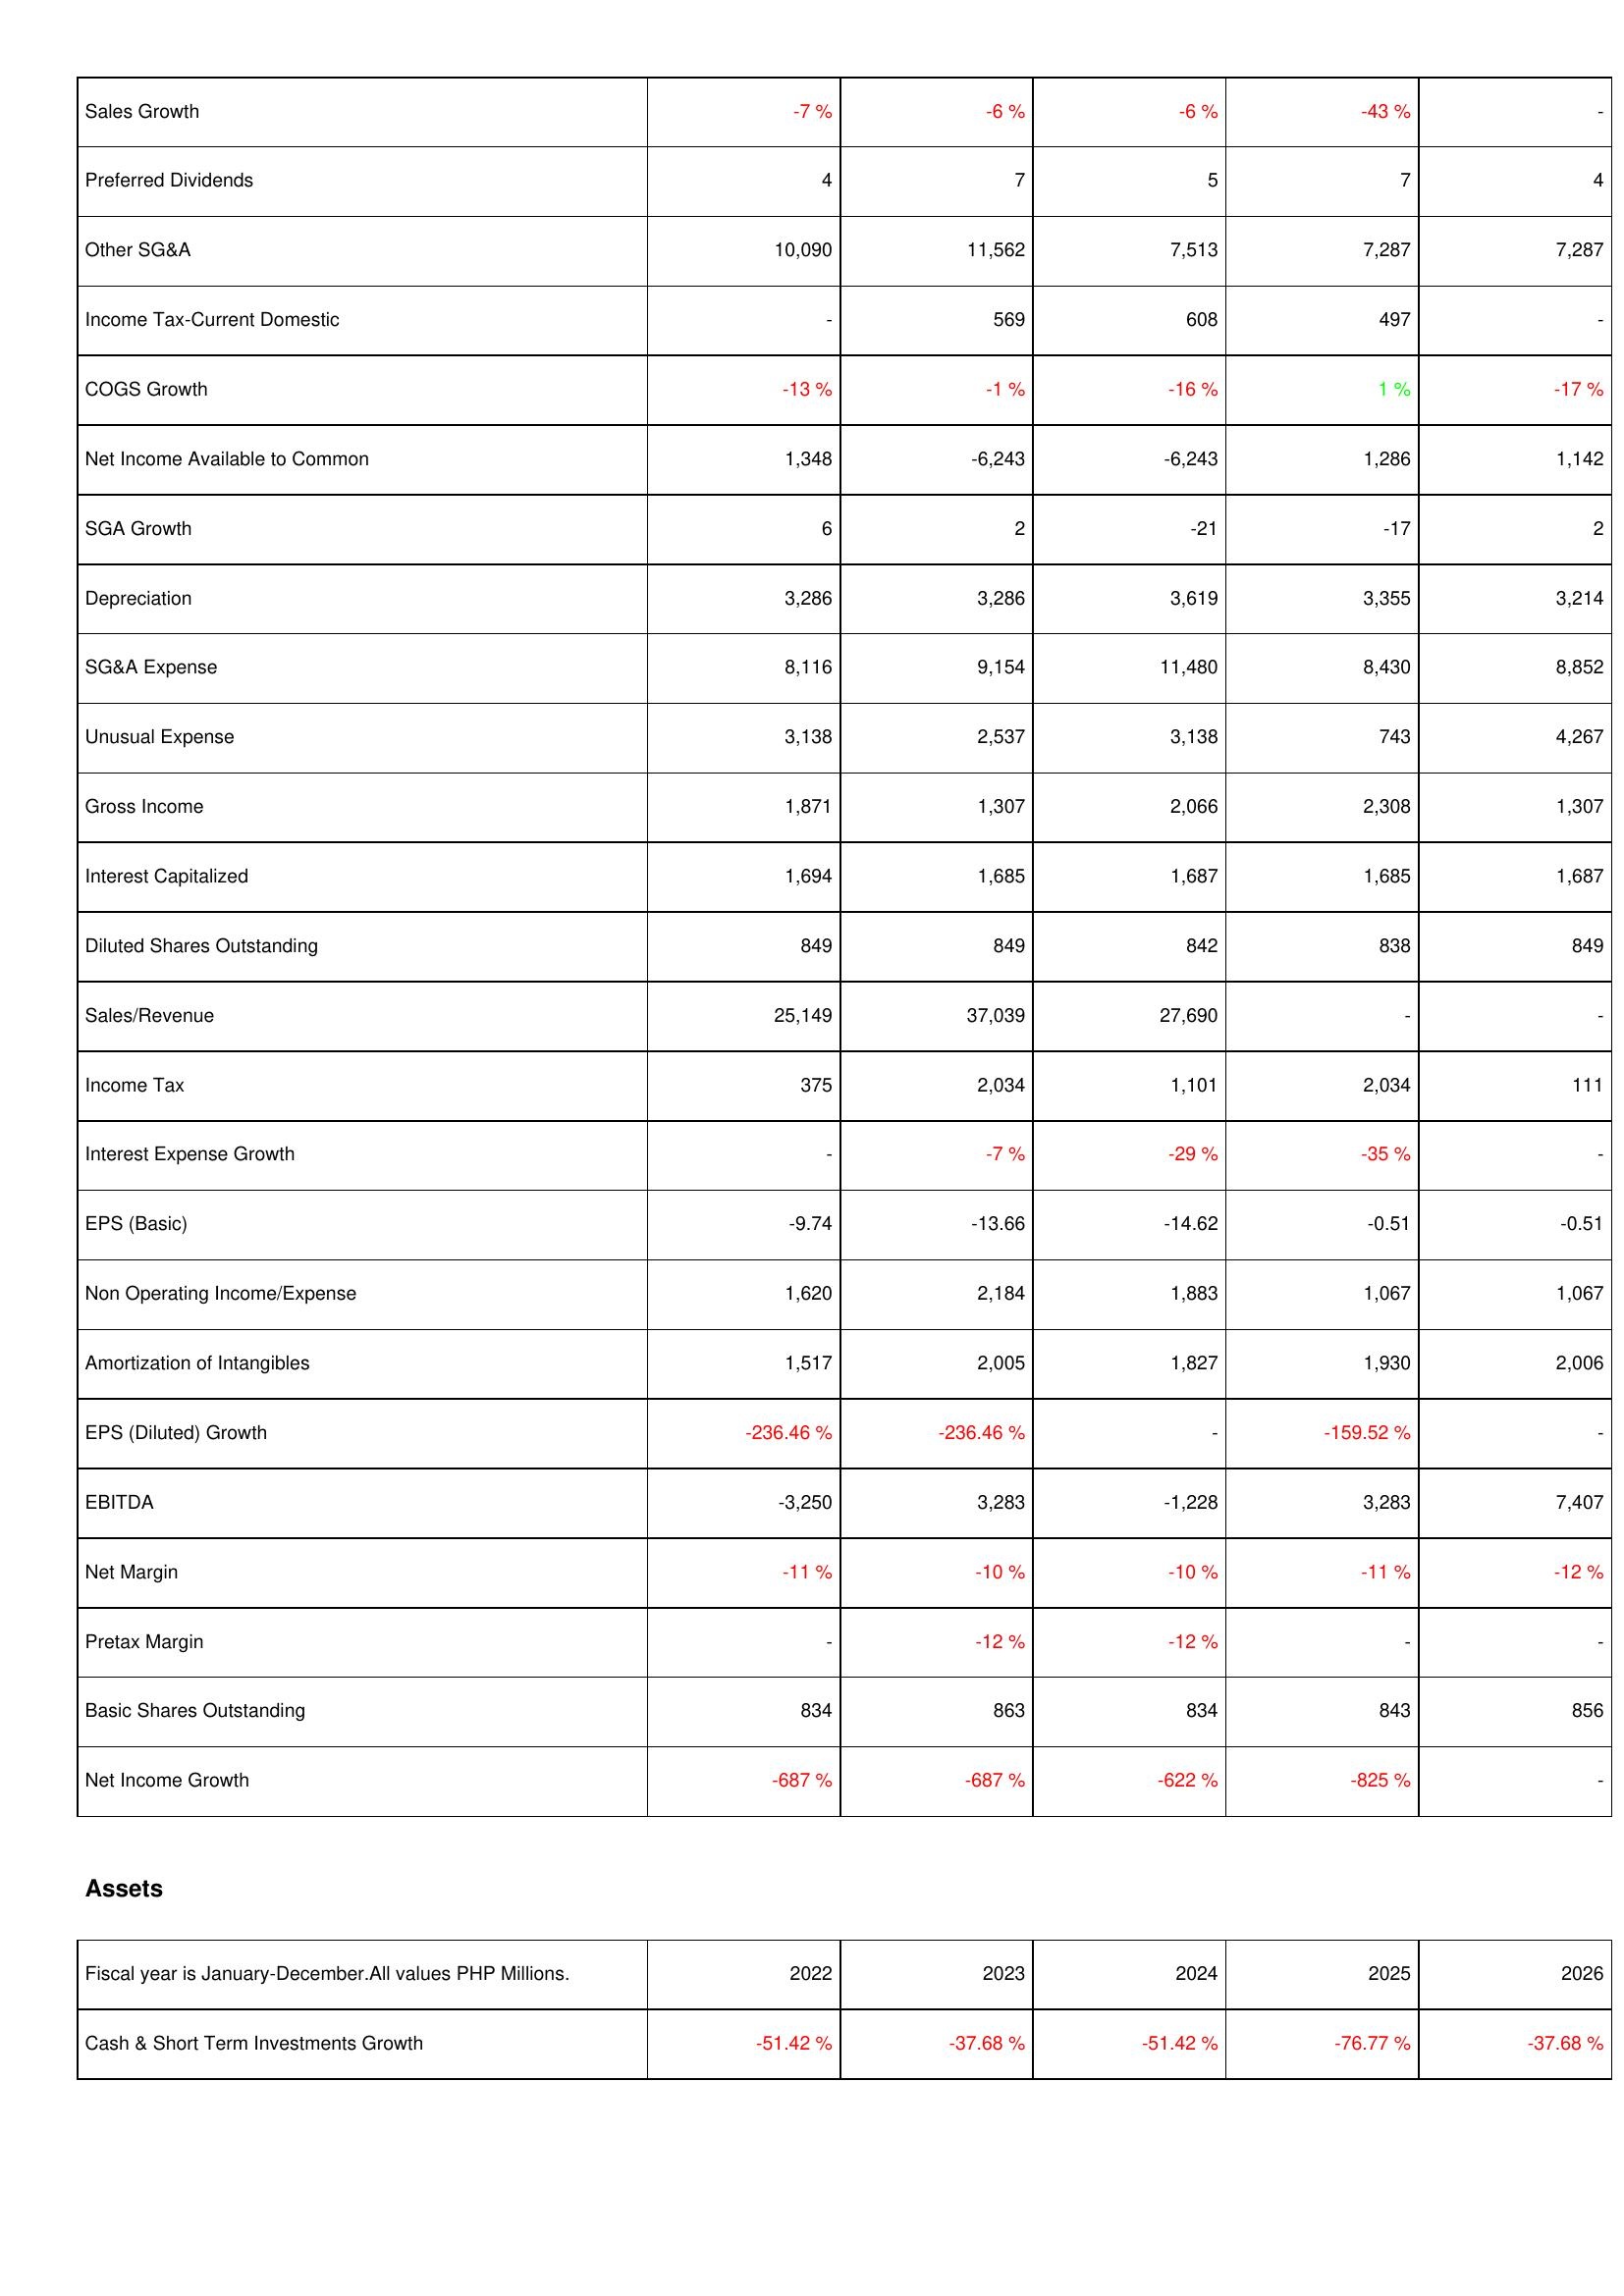
2022: Income Statement: Sales Growth: -7 %
Preferred Dividends: 4
Other SG&A: 10,090
Income Tax-Current Domestic: -
COGS Growth: -13 %
Net Income Available to Common: 1,348
SGA Growth: 6
Depreciation: 3,286
SG&A Expense: 8,116
Unusual Expense: 3,138
Gross Income: 1,871
Interest Capitalized: 1,694
Diluted Shares Outstanding: 849
Sales/Revenue: 25,149
Income Tax: 375
Interest Expense Growth: -
EPS (Basic): -9.74
Non Operating Income/Expense: 1,620
Amortization of Intangibles: 1,517
EPS (Diluted) Growth: -236.46 %
EBITDA: -3,250
Net Margin: -11 %
Pretax Margin: -
Basic Shares Outstanding: 834
Net Income Growth: -687 %
Assets: Cash & Short Term Investments Growth: -51.42 %
2023: Income Statement: Sales Growth: -6 %
Preferred Dividends: 7
Other SG&A: 11,562
Income Tax-Current Domestic: 569
COGS Growth: -1 %
Net Income Available to Common: -6,243
SGA Growth: 2
Depreciation: 3,286
SG&A Expense: 9,154
Unusual Expense: 2,537
Gross Income: 1,307
Interest Capitalized: 1,685
Diluted Shares Outstanding: 849
Sales/Revenue: 37,039
Income Tax: 2,034
Interest Expense Growth: -7 %
EPS (Basic): -13.66
Non Operating Income/Expense: 2,184
Amortization of Intangibles: 2,005
EPS (Diluted) Growth: -236.46 %
EBITDA: 3,283
Net Margin: -10 %
Pretax Margin: -12 %
Basic Shares Outstanding: 863
Net Income Growth: -687 %
Assets: Cash & Short Term Investments Growth: -37.68 %
2024: Income Statement: Sales Growth: -6 %
Preferred Dividends: 5
Other SG&A: 7,513
Income Tax-Current Domestic: 608
COGS Growth: -16 %
Net Income Available to Common: -6,243
SGA Growth: -21
Depreciation: 3,619
SG&A Expense: 11,480
Unusual Expense: 3,138
Gross Income: 2,066
Interest Capitalized: 1,687
Diluted Shares Outstanding: 842
Sales/Revenue: 27,690
Income Tax: 1,101
Interest Expense Growth: -29 %
EPS (Basic): -14.62
Non Operating Income/Expense: 1,883
Amortization of Intangibles: 1,827
EPS (Diluted) Growth: -
EBITDA: -1,228
Net Margin: -10 %
Pretax Margin: -12 %
Basic Shares Outstanding: 834
Net Income Growth: -622 %
Assets: Cash & Short Term Investments Growth: -51.42 %
2025: Income Statement: Sales Growth: -43 %
Preferred Dividends: 7
Other SG&A: 7,287
Income Tax-Current Domestic: 497
COGS Growth: 1 %
Net Income Available to Common: 1,286
SGA Growth: -17
Depreciation: 3,355
SG&A Expense: 8,430
Unusual Expense: 743
Gross Income: 2,308
Interest Capitalized: 1,685
Diluted Shares Outstanding: 838
Sales/Revenue: -
Income Tax: 2,034
Interest Expense Growth: -35 %
EPS (Basic): -0.51
Non Operating Income/Expense: 1,067
Amortization of Intangibles: 1,930
EPS (Diluted) Growth: -159.52 %
EBITDA: 3,283
Net Margin: -11 %
Pretax Margin: -
Basic Shares Outstanding: 843
Net Income Growth: -825 %
Assets: Cash & Short Term Investments Growth: -76.77 %
2026: Income Statement: Sales Growth: -
Preferred Dividends: 4
Other SG&A: 7,287
Income Tax-Current Domestic: -
COGS Growth: -17 %
Net Income Available to Common: 1,142
SGA Growth: 2
Depreciation: 3,214
SG&A Expense: 8,852
Unusual Expense: 4,267
Gross Income: 1,307
Interest Capitalized: 1,687
Diluted Shares Outstanding: 849
Sales/Revenue: -
Income Tax: 111
Interest Expense Growth: -
EPS (Basic): -0.51
Non Operating Income/Expense: 1,067
Amortization of Intangibles: 2,006
EPS (Diluted) Growth: -
EBITDA: 7,407
Net Margin: -12 %
Pretax Margin: -
Basic Shares Outstanding: 856
Net Income Growth: -
Assets: Cash & Short Term Investments Growth: -37.68 %